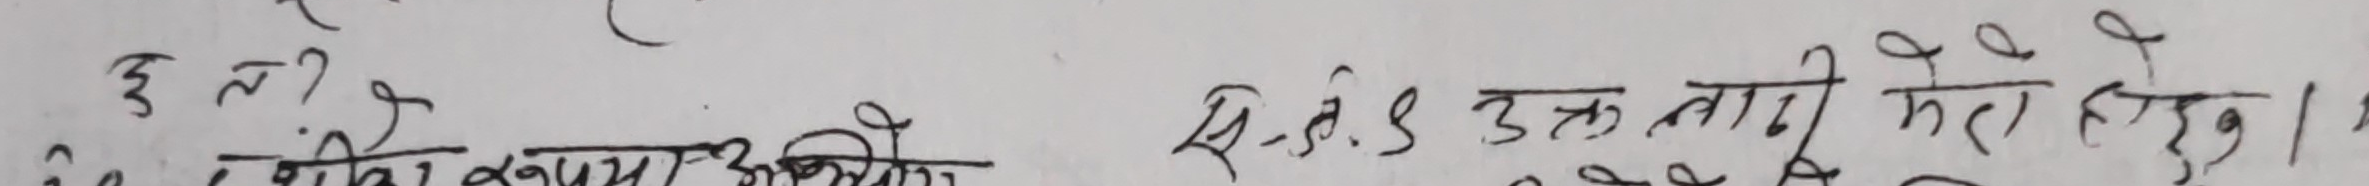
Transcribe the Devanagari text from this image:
३ त ?
लेखा कागज अभिलेख से-सं. ४ उक्त नापी मेरो हे । १